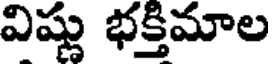
విష్ణు భక్తిమాల